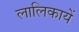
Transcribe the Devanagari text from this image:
लालिकायें